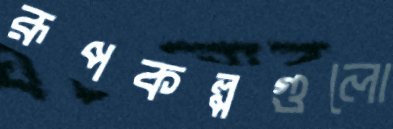
রূপকল্পগুলো